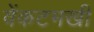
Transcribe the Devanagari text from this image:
वेंकटमखी